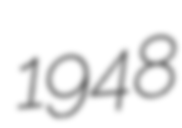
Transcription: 1948